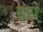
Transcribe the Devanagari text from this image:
ग्रंध